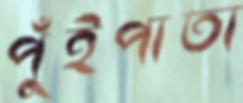
পুঁইপাতা